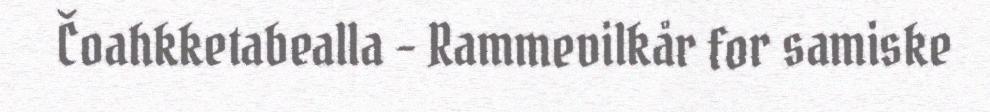
Čoahkketabealla - Rammevilkår for samiske